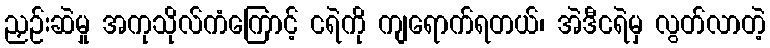
ညှဉ်းဆဲမှု အကုသိုလ်ကံကြောင့် ငရဲကို ကျရောက်ရတယ်၊ အဲဒီငရဲမှ လွတ်လာတဲ့